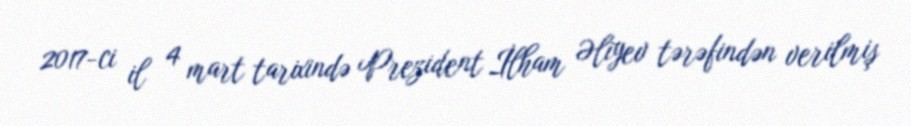
2017-ci il 4 mart tarixində Prezident İlham Əliyev tərəfindən verilmiş